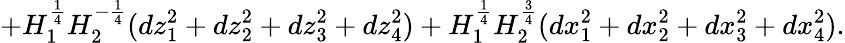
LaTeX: +H_{1}^{\frac{1}{4}}H_{2}^{-\frac{1}{4}}(dz_{1}^{2}+dz_{2}^{2}+dz_{3}^{2}+dz_{4}^{2})+H_{1}^{\frac{1}{4}}H_{2}^{\frac{3}{4}}(dx_{1}^{2}+dx_{2}^{2}+dx_{3}^{2}+dx_{4}^{2}).